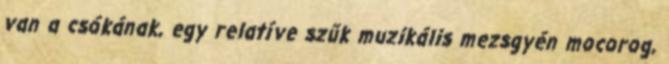
van a csókának, egy relatíve szűk muzikális mezsgyén mocorog,